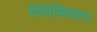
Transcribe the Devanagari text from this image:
विविक्तिकर